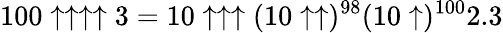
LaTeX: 100\uparrow\uparrow\uparrow\uparrow 3=10\uparrow\uparrow\uparrow(10\uparrow\uparrow)^{98}(10\uparrow)^{100}2.3